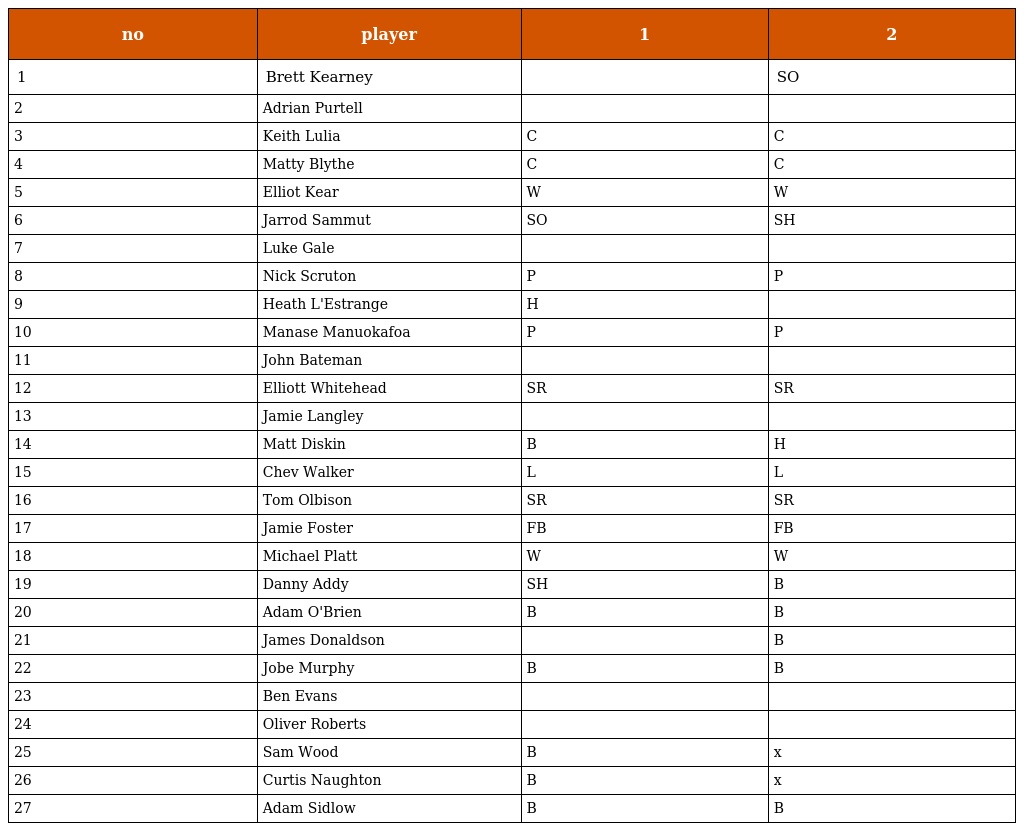
| no | player | 1 | 2 |
 | --- | --- | --- | --- |
 | 1 | Brett Kearney |  | SO |
 | 2 | Adrian Purtell |  |  |
 | 3 | Keith Lulia | C | C |
 | 4 | Matty Blythe | C | C |
 | 5 | Elliot Kear | W | W |
 | 6 | Jarrod Sammut | SO | SH |
 | 7 | Luke Gale |  |  |
 | 8 | Nick Scruton | P | P |
 | 9 | Heath L'Estrange | H |  |
 | 10 | Manase Manuokafoa | P | P |
 | 11 | John Bateman |  |  |
 | 12 | Elliott Whitehead | SR | SR |
 | 13 | Jamie Langley |  |  |
 | 14 | Matt Diskin | B | H |
 | 15 | Chev Walker | L | L |
 | 16 | Tom Olbison | SR | SR |
 | 17 | Jamie Foster | FB | FB |
 | 18 | Michael Platt | W | W |
 | 19 | Danny Addy | SH | B |
 | 20 | Adam O'Brien | B | B |
 | 21 | James Donaldson |  | B |
 | 22 | Jobe Murphy | B | B |
 | 23 | Ben Evans |  |  |
 | 24 | Oliver Roberts |  |  |
 | 25 | Sam Wood | B | x |
 | 26 | Curtis Naughton | B | x |
 | 27 | Adam Sidlow | B | B |